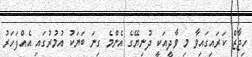
ހިޖާޒް ކަރައިގައިވާ މި ވާދީއަކީ ދުނިޔޭގެ އެންމެ ގިނަ ބަޔަކު އުމުރުގައި އެއްފަހަރު